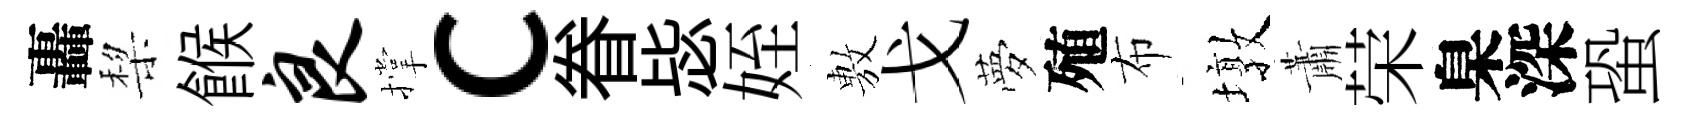
轟棃餱良撑c眷毖姪𢾾戈夢殖布墩蕭荣臬深蛩